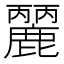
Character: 𪋘